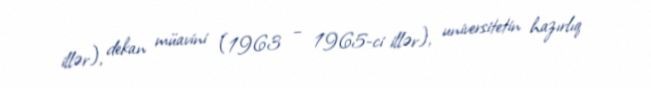
illər), dekan müavini (1963 – 1965-ci illər), universitetin hazırlıq